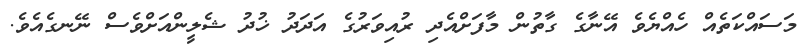
މަސައްކަތެއް ހެއްޔެވެ އޭނާގެ ގާތުން މާފަށްއެދި ރުއިވަރުގެ އަދަދު ޚުދު ޝެލީންއަށްވެސް ނޭނގެއެވެ.